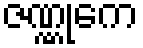
ဇဏ္ဏုကေ